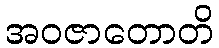
အဝဇာတောတိ